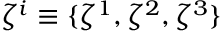
\zeta ^ { i } \equiv \{ \zeta ^ { 1 } , \zeta ^ { 2 } , \zeta ^ { 3 } \}